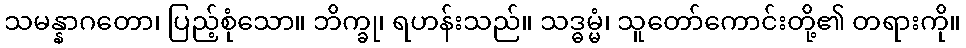
သမန္နာဂတော၊ ပြည့်စုံသော။ ဘိက္ခု၊ ရဟန်းသည်။ သဒ္ဓမ္မံ၊ သူတော်ကောင်းတို့၏ တရားကို။